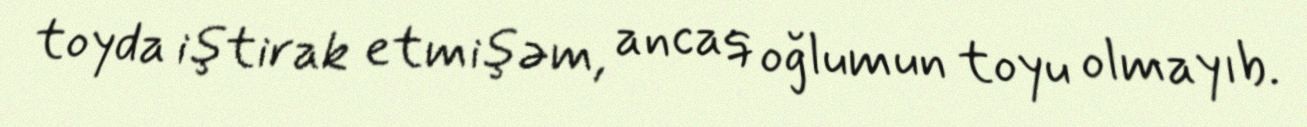
toyda iştirak etmişəm, ancaq oğlumun toyu olmayıb.